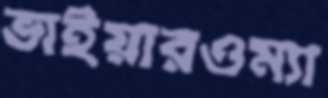
ভাইয়ারওম্যা